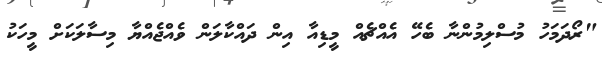
"ރޯދަމަހު މުސްލިމުންނާ ބެހޭ އެއްޗެއް މީޑިއާ އިން ދައްކާލަން ވެއްޖެއްޔާ މިސާލަކަށް މީހަކު